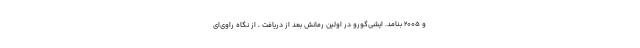
و 2005 بنامد. ایشی‌گورو در اولین رمانش بعد از دریافت ، از نگاه راوی‌ای